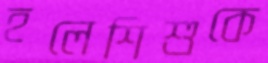
হলেশিশুকে